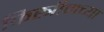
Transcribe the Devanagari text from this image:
किस्त्रीमच्या